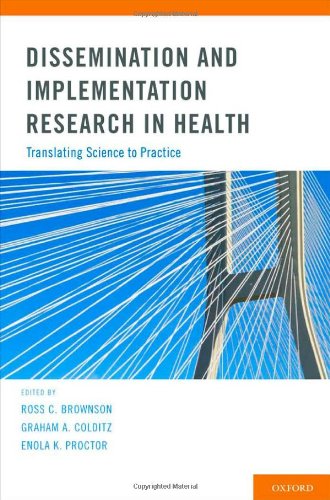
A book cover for Dissemination and Implementation Research in Health: Translating Science to Practice; Medical Books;